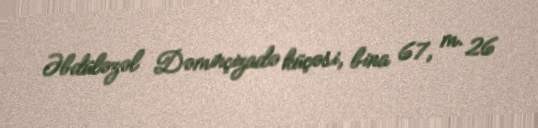
Əbdüləzəl Dəmirçizadə küçəsi, bina 67, m. 26